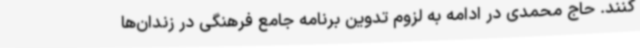
کنند. حاج محمدی در ادامه به لزوم تدوین برنامه جامع فرهنگی در زندان‌ها